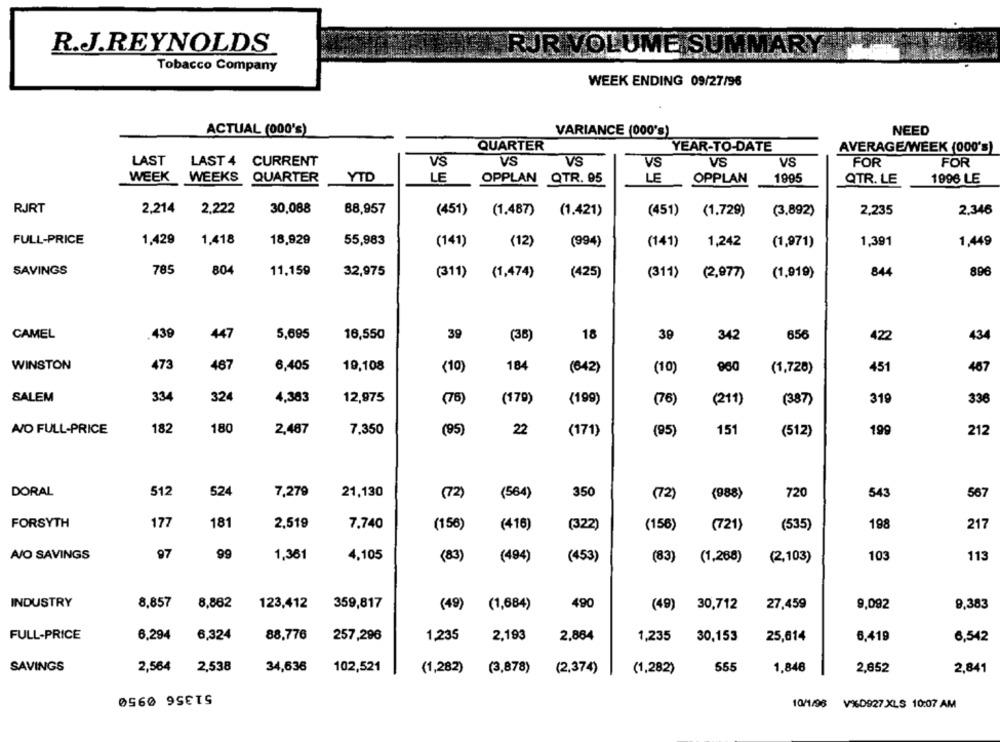
R.J.REYNOLDS
RJR VOLUME SUMMARY
Tobacco Company
WEEK ENDING 09/27/96
ACTUAL (000's)
VARIANCE (000's)
NEED
QUARTER
YEAR-TO-DATE
AVERAGE/WEEK (000's)
LAST
LAST 4 CURRENT
VS
VS
VS
VS
VS
FOR
FOR
VS
WEEK WEEKS QUARTER
YTD
LE
LE
1995
OPPLAN QTR. 95
OPPLAN
QTR. LE
1996 LE
RJRT
2.214
2,222
30,088
88,957
(451)
(1.487)
(1.421)
(451)
(1.729)
(3,892)
2,235
2.346
FULL-PRICE
1,429
1,418
18,929
55,983
(141)
(12)
(994)
(141)
1,242
(1,971)
1,391
1,449
SAVINGS
785
80
11,159
32,975
(311)
(1,474)
(425)
(311)
(2,977)
(1,919)
844
896
CAMEL
.439
447
5,695
16,550
39
(36)
18
39
342
656
422
434
WINSTON
473
487
6,405
19,108
(10)
184
(642)
(10)
960
(1,728)
451
467
SALEM
334
32
4,383
12,975
(78)
(179)
(199)
(211)
(387)
319
(76)
336
A/O FULL-PRICE
182
180
2,487
7.350
(95)
22
(95)
15
199
212
(171)
(512)
DORAL
512
524
7,279
21,130
(72)
(564)
350
(72)
(988)
720
543
567
FORSYTH
177
181
2,519
7,740
(156)
(416)
(322)
(156)
(721)
(535)
198
217
A/O SAVINGS
97
99
1,361
4,105
(83)
(453)
103
113
(494)
(83)
(1,268)
(2,103)
INDUSTRY
8,857
8,862
123,412
359,817
(49)
(1,684)
490
(49) 30,712
27,459
9,092
9,383
FULL-PRICE
6,294
6,324
88.776
257,296
1,235
2,193
2,864
1,235
30,153
25,614
6,419
6,542
SAVINGS
2,564
2,538
34,636
555
1,848
2,652
102,521
(1,282) (3,878)
(2,374)
(1,282)
2,841
51356 0950
10/1/96 V%0927.XLS 10:07 AM